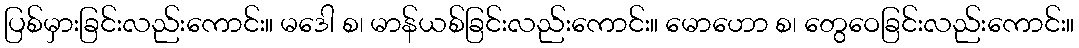
ပြစ်မှားခြင်းလည်းကောင်း။ မဒေါ စ၊ မာန်ယစ်ခြင်းလည်းကောင်း။ မောဟော စ၊ တွေဝေခြင်းလည်းကောင်း။